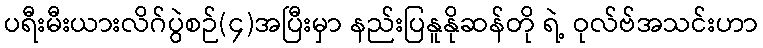
ပရီးမီးယားလိဂ်ပွဲစဉ်(၄)အပြီးမှာ နည်းပြနူနိုဆန်တို ရဲ့ ဝုလ်ဗ်အသင်းဟာ